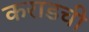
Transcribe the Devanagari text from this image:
कराडची